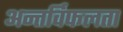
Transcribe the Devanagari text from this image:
अन्तर्विफलता